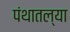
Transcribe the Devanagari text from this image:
पंथातल्या